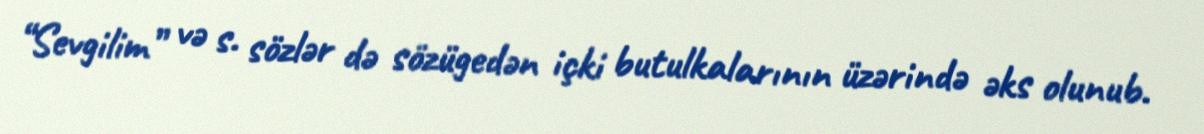
“Sevgilim” və s. sözlər də sözügedən içki butulkalarının üzərində əks olunub.